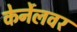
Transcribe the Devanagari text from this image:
केर्नेलवर